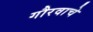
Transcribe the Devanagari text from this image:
गौरवाचे